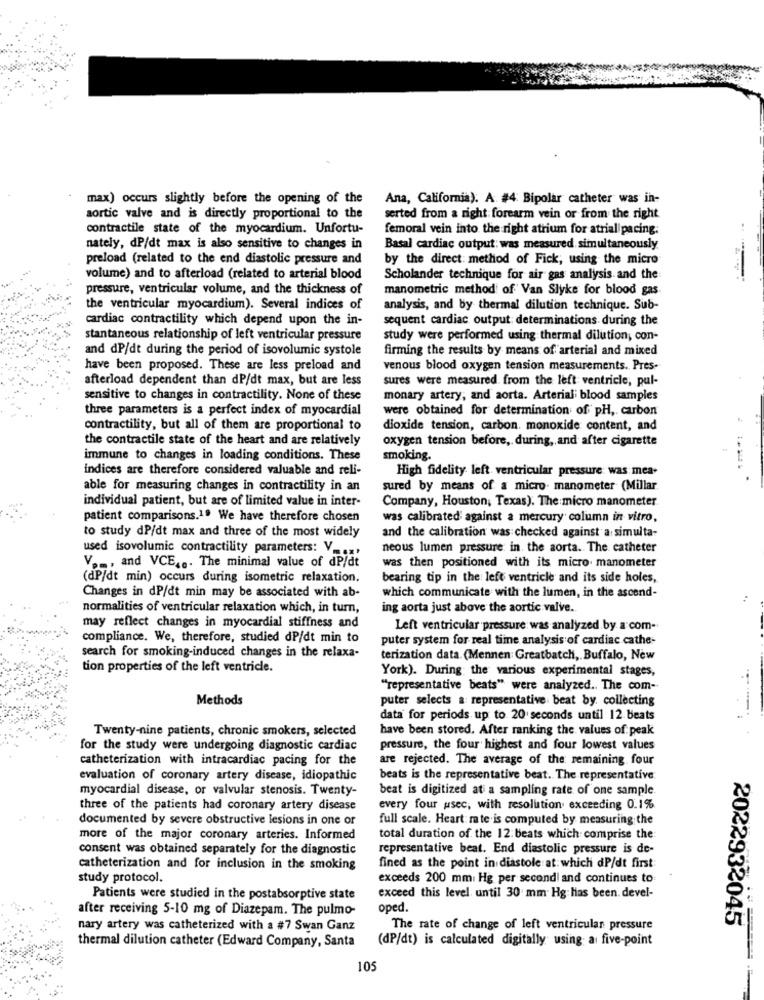
max) occurs slightly before the opening of the
Ana, California). A. #4: Bipolar catheter was in-
aortic valve and is directly proportional to the
serted from a right forearm vein or from the right
contractile state of the myocardium. Unfortu-
femoral vein into the right atrium for atrial pacing.
nately, dP/dt max is also sensitive to changes in
Basal cardiac output: was measured simultaneously.
preload (related to the end diastolic pressure and
by the direct: method of Fick, using the micro
volume) and to afterload (related to arterial blood
Scholander technique for air gas analysis and the
pressure, ventricular volume, and the thickness of
manometric method of Van Slyke for blood gas
the ventricular myocardium). Several indices of
analysis, and by thermal dilution technique. Sub-
cardiac contractility which depend upon the in-
sequent cardiac output: determinations during the
stantaneous relationship of left ventricular pressure
study were performed using thermal dilution, con-
and dP/dt during the period of isovolumic systole
firming the results by means of arterial and mixed
have been proposed. These are less preload and
venous blood oxygen tension measurements. Pres-
afterload dependent than dP/dt max, but are less
sures were measured from the left ventricle, pul-
sensitive to changes in contractility. None of these
monary artery; and aorta. Arterial blood samples
three parameters is a perfect index of myocardial
were obtained for determination of pH, carbon
..
contractility, but all of them are proportional to
dioxide tension, carbon. monoxide content, and
the contractile state of the heart and are relatively
oxygen tension before, during, and after cigarette
immune to changes in loading conditions. These
smoking.
indices are therefore considered valuable and reli-
High fidelity left ventricular pressure was mea.
able for measuring changes in contractility in an
sured by means of a micro. manometer (Millar.
individual patient, but are of limited value in inter-
Company, Houston, Texas). The micro manometer
patient comparisons.1. We have therefore chosen
was calibrated against a mercury column in vitro,
to study dP/dt max and three of the most widely
and the calibration was checked against a simulta-
used isovolumic contractility parameters: V -...
neous lumen pressure in the aorta. The catheter
V ..., and VCE ... The minimal value of dP/dt
was then positioned with its micro manometer
(dP/dt min) occurs during isometric relaxation.
bearing tip in the left ventricle and its side holes,
which communicate with the lumen, in the ascend-
Changes in dP/dt min may be associated with ab-
normalities of ventricular relaxation which, in turn,
ing aorta just above the aortic valve.
may reflect changes in myocardial stiffness and
Left ventricular pressure was analyzed by a com-
compliance. We, therefore, studied dP/dt min to
puter system for real time analysis of cardiac cathe-
search for smoking-induced changes in the relaxa-
terization data. (Mennen Greatbatch, Buffalo, New
tion properties of the left ventricle.
York). During the various experimental stages,
...
""representative beats" were analyzed .. The com --
Methods
puter selects a representative beat by. collecting
data for periods up to 20 seconds until 12 beats
Twenty-nine patients, chronic smokers, selected
have been stored. After ranking the values of peak
for the study were undergoing diagnostic cardiac
pressure, the four highest and four lowest values
catheterization with intracardiac pacing for the
are rejected. The average of the remaining four
evaluation of coronary artery disease, idiopathic
beats is the representative beat. The representative
myocardial disease, or valvular stenosis. Twenty-
beat is digitized at a sampling rate of one sample.
three of the patients had coronary artery disease
every four usec, with resolution. exceeding 0.1%
documented by severe obstructive lesions in one or
full scale. Heart rate is computed by measuring the
more of the major coronary arteries. Informed
total duration of the 12: beats which comprise the:
consent was obtained separately for the diagnostic
representative beat. End diastolic pressure is de-
catheterization and for inclusion in the smoking
fined as the point in diastole at: which dP/dt first:
study protocol.
exceeds 200 mm Hg per secondl and continues to
Patients were studied in the postabsorptive state
exceed this level. until 30 mm Hg has been. devel-
after receiving 5-10 mg of Diazepam. The pulmo-
oped.
nary artery was catheterized with a #7 Swan Ganz
The rate of change of left ventricular pressure
2022932045
(dP/dt) is calculated digitally using a five-point
thermal dilution catheter (Edward Company, Santa
105